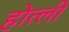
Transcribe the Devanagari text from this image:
होत्ली